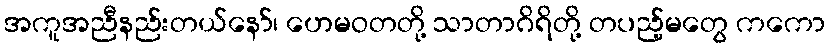
အကူအညီနည်းတယ်နော်၊ ဟေမဝတတို့ သာတာဂိရိတို့ တပည့်မတွေ ကကော